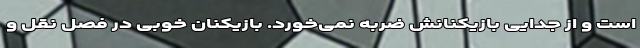
است و از جدایی بازیکنانش ضربه نمی‌خورد. بازیکنان خوبی در فصل نقل و